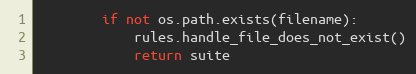
Language: Python
        if not os.path.exists(filename):
            rules.handle_file_does_not_exist()
            return suite